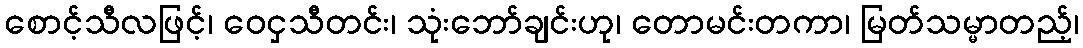
စောင့်သီလဖြင့်၊ ဝေငှသီတင်း၊ သုံးဘော်ချင်းဟု၊ တောမင်းတကာ၊ မြတ်သမ္မာတည့်၊